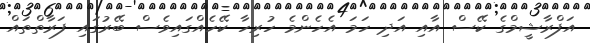
އަފްރާޝީމްގެ ކޭސް އާއި އަދި ހަމަ އެހެންމެ ހުރިހާ ކޭހެއްގައިވެސް ބޭރުގައި ފަރާތްތައް